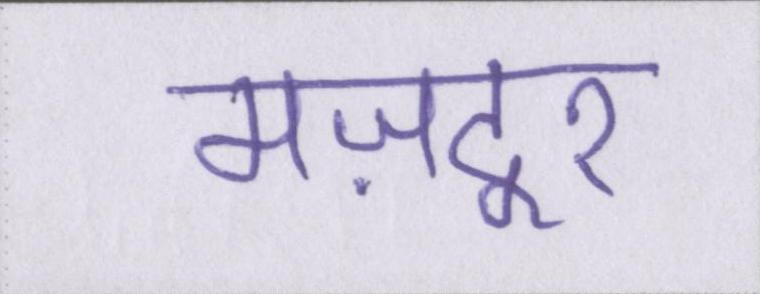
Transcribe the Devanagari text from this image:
मज़दूर